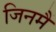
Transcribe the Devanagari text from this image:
जिनमैं